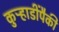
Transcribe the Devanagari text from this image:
कुऱ्हाडींपैकी